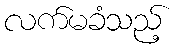
လက်မခံသည့်